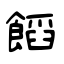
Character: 饀